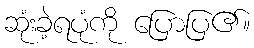
ဆုံးခဲ့ရပုံကို ပြောပြ၏။